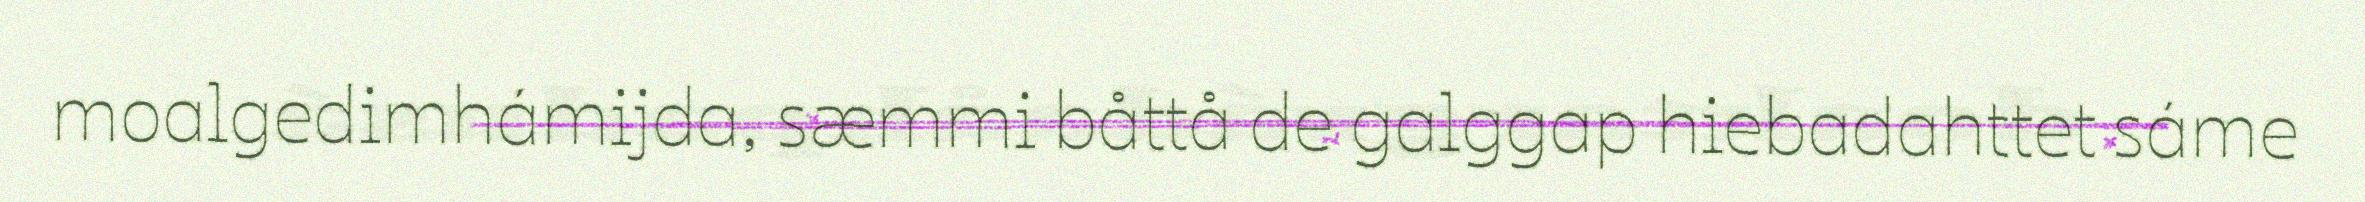
moalgedimhámijda, sæmmi båttå de galggap hiebadahttet sáme